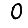
Digit: 0